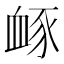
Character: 𧖹